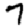
Digit: 7